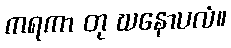
ကရကာ တု ဃနောပလံ။